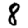
Digit: 8